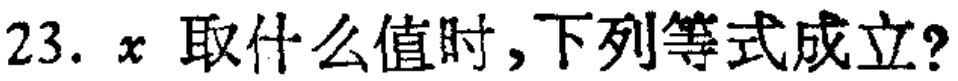
23. \(x\)取什么值时，下列等式成立？